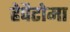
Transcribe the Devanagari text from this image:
हेपैटोमा